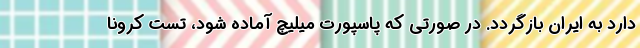
دارد به ایران بازگردد. در صورتی که پاسپورت میلیچ آماده شود، تست‌ کرونا